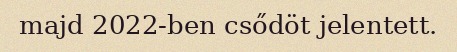
majd 2022-ben csődöt jelentett.